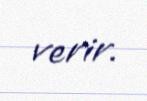
verir.